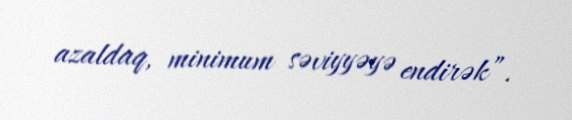
azaldaq, minimum səviyyəyə endirək”.